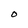
Character: O